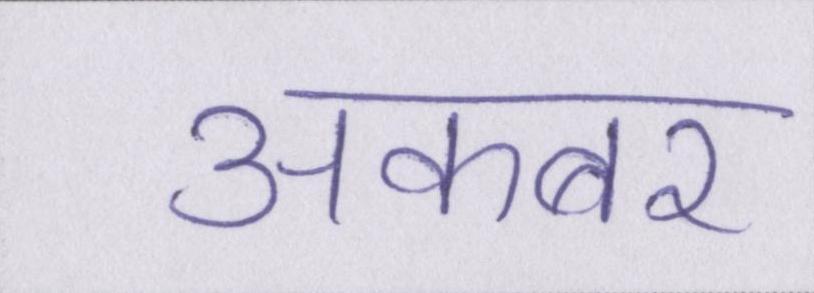
अकबर